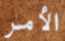
الأمر